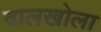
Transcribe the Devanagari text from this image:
दालखोला